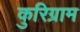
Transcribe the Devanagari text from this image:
कुरिग्राम